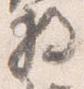
将